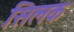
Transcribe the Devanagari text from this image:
सिलक